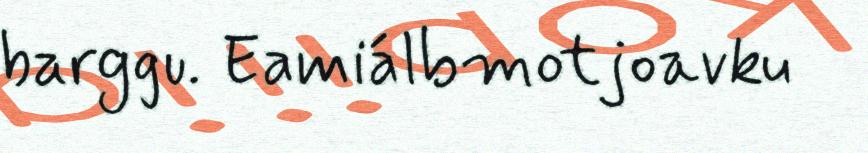
barggu. Eamiálbmotjoavku